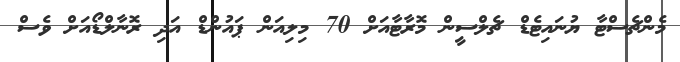
މެންޗެސްޓާ ޔުނައިޓެޑް ޗެލްސީން މޮރާޓާއަށް 70 މިލިއަން ޕައުންޑް އަދި ރޮނާލްޑޯއަށް ވެސް